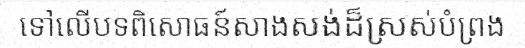
ទៅលើបទពិសោធន៍សាងសង់ដ៏ស្រស់បំព្រង